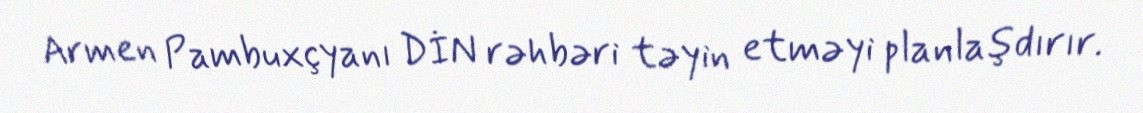
Armen Pambuxçyanı DİN rəhbəri təyin etməyi planlaşdırır.